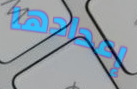
إعدادها